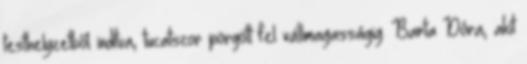
testhelyzetből indítva, tucatszor pörgött fel vállmagasságig. Barta Dóra, akit